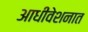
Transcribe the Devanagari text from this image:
आधीवेशनात